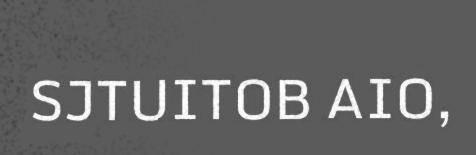
SJTUITOB AIO,